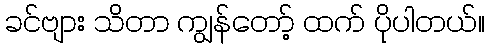
ခင်ဗျား သိတာ ကျွန်တော့် ထက် ပိုပါတယ်။